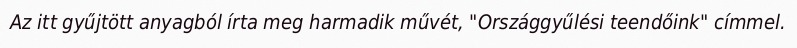
Az itt gyűjtött anyagból írta meg harmadik művét, "Országgyűlési teendőink" címmel.